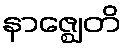
နာဇ္ဈေတိ